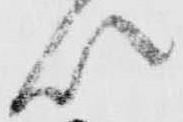
以